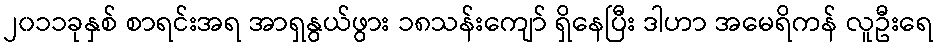
၂၀၁၁ခုနှစ် စာရင်းအရ အာရှနွယ်ဖွား ၁၈သန်းကျော် ရှိနေပြီး ဒါဟာ အမေရိကန် လူဦးရေ